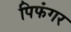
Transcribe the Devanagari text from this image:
पिफंगर